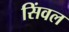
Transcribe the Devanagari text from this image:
सिंवल